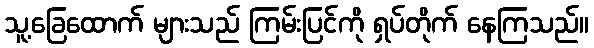
သူ့ခြေထောက် များသည် ကြမ်းပြင်ကို ရှပ်တိုက် နေကြသည်။